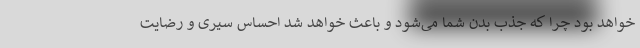
خواهد بود چرا که جذب بدن شما می‌شود و باعث خواهد شد احساس سیری و رضایت